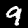
Label: 9